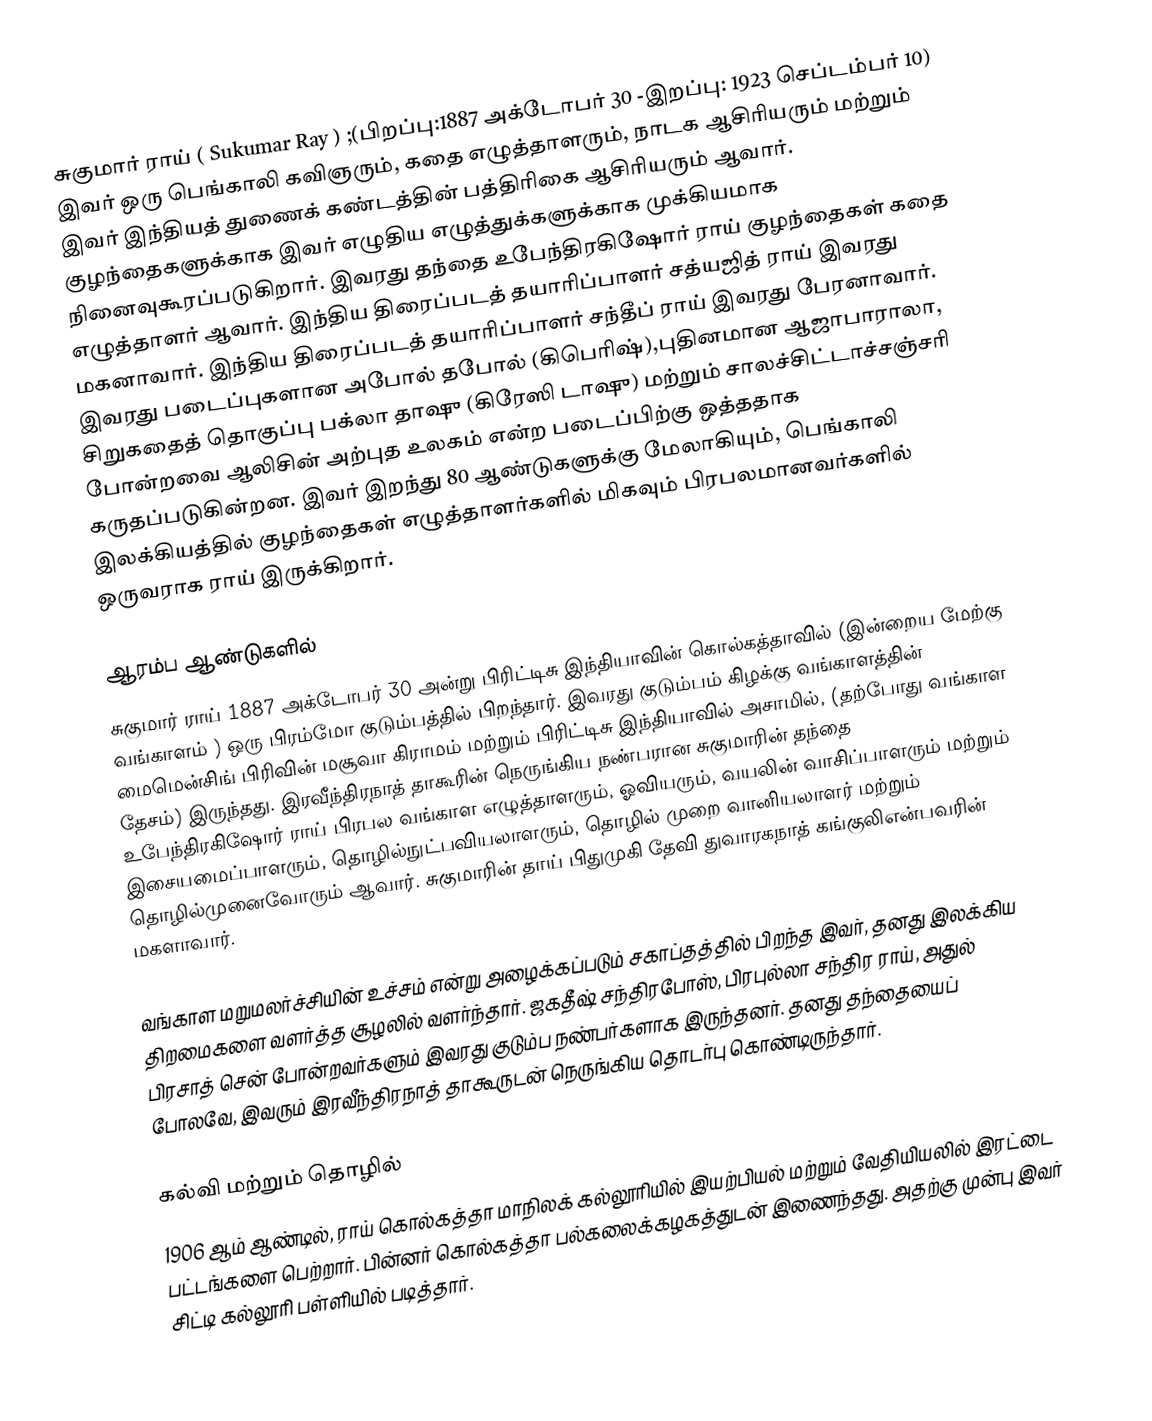
சுகுமார் ராய் ( Sukumar Ray ) ;(பிறப்பு:1887 அக்டோபர் 30 -இறப்பு: 1923 செப்டம்பர் 10)  இவர் ஒரு பெங்காலி கவிஞரும், கதை எழுத்தாளரும், நாடக ஆசிரியரும் மற்றும் இவர் இந்தியத் துணைக் கண்டத்தின் பத்திரிகை ஆசிரியரும் ஆவார். குழந்தைகளுக்காக இவர் எழுதிய எழுத்துக்களுக்காக முக்கியமாக நினைவுகூரப்படுகிறார். இவரது தந்தை உபேந்திரகிஷோர் ராய் குழந்தைகள் கதை எழுத்தாளர் ஆவார். இந்திய திரைப்படத் தயாரிப்பாளர் சத்யஜித் ராய் இவரது மகனாவார். இந்திய திரைப்படத் தயாரிப்பாளர் சந்தீப் ராய் இவரது பேரனாவார். இவரது படைப்புகளான அபோல் தபோல் (கிபெரிஷ்),புதினமான ஆஜாபாராலா, சிறுகதைத் தொகுப்பு பக்லா தாஷு (கிரேஸி டாஷு) மற்றும் சாலச்சிட்டாச்சஞ்சரி போன்றவை ஆலிசின் அற்புத உலகம் என்ற படைப்பிற்கு ஒத்ததாக கருதப்படுகின்றன. இவர் இறந்து 80 ஆண்டுகளுக்கு மேலாகியும், பெங்காலி இலக்கியத்தில் குழந்தைகள் எழுத்தாளர்களில் மிகவும் பிரபலமானவர்களில் ஒருவராக ராய் இருக்கிறார்.

ஆரம்ப ஆண்டுகளில்
சுகுமார் ராய் 1887 அக்டோபர் 30 அன்று பிரிட்டிசு இந்தியாவின் கொல்கத்தாவில் (இன்றைய மேற்கு வங்காளம் ) ஒரு பிரம்மோ குடும்பத்தில் பிறந்தார். இவரது குடும்பம் கிழக்கு வங்காளத்தின் மைமென்சிங் பிரிவின் மசூவா கிராமம் மற்றும் பிரிட்டிசு இந்தியாவில் அசாமில், (தற்போது வங்காள தேசம்) இருந்தது.  இரவீந்திரநாத் தாகூரின் நெருங்கிய நண்பரான சுகுமாரின் தந்தை உபேந்திரகிஷோர் ராய்  பிரபல வங்காள எழுத்தாளரும், ஓவியரும், வயலின் வாசிப்பாளரும் மற்றும் இசையமைப்பாளரும், தொழில்நுட்பவியலாளரும், தொழில் முறை வானியலாளர் மற்றும் தொழில்முனைவோரும் ஆவார்.  சுகுமாரின் தாய் பிதுமுகி தேவி துவாரகநாத் கங்குலிஎன்பவரின் மகளாவார்.

வங்காள மறுமலர்ச்சியின் உச்சம் என்று அழைக்கப்படும் சகாப்தத்தில் பிறந்த இவர், தனது இலக்கிய திறமைகளை வளர்த்த சூழலில் வளர்ந்தார். ஜகதீஷ் சந்திரபோஸ், பிரபுல்லா சந்திர ராய், அதுல் பிரசாத் சென் போன்றவர்களும் இவரது  குடும்ப நண்பர்களாக இருந்தனர். தனது தந்தையைப் போலவே, இவரும் இரவீந்திரநாத் தாகூருடன் நெருங்கிய தொடர்பு கொண்டிருந்தார்.

கல்வி மற்றும் தொழில்
1906 ஆம் ஆண்டில், ராய் கொல்கத்தா மாநிலக் கல்லூரியில் இயற்பியல் மற்றும் வேதியியலில் இரட்டை பட்டங்களை பெற்றார். பின்னர் கொல்கத்தா பல்கலைக்கழகத்துடன் இணைந்தது. அதற்கு முன்பு இவர் சிட்டி கல்லூரி பள்ளியில் படித்தார்.